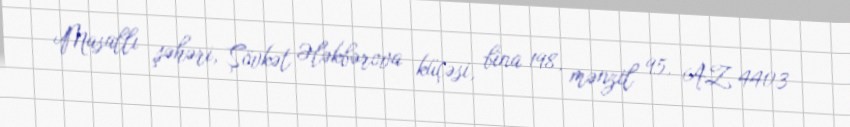
Masallı şəhəri, Şövkət Ələkbərova küçəsi, bina 198, mənzil 95, AZ 4403